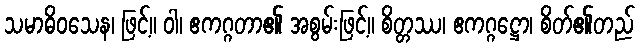
သမာဓိဝသေန၊ ဖြင့်။ ဝါ၊ ဧကဂ္ဂတာ၏ အစွမ်းဖြင့်။ စိတ္တဿ၊ ဧကဂ္ဂဋ္ဌော၊ စိတ်၏တည်